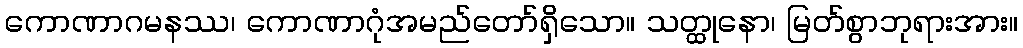
ကောဏာဂမနဿ၊ ကောဏာဂုံအမည်တော်ရှိသော။ သတ္ထုနော၊ မြတ်စွာဘုရားအား။